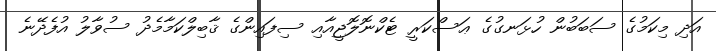
އަދި މިކަމުގެ ސަބަބުން ހުޅަނގުގެ ޢަސްކަރީ ޓެކްނޮލޮޖީއާއި ސިފައިންގެ ޤާބިލްކަމާމެދު ސުވާލު އުފެދޭނެ